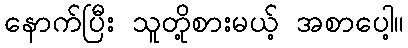
နောက်ပြီး သူတို့စားမယ့် အစာပေါ့။